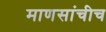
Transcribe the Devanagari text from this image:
माणसांचीच